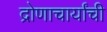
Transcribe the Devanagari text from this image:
द्रोणाचार्यांची